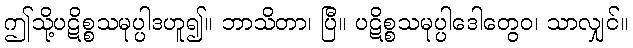
ဤသို့ပဋိစ္စသမုပ္ပါဒဟူ၍။ ဘာသိတာ၊ ပြီ။ ပဋိစ္စသမုပ္ပါဒေါတွေဝ၊ သာလျှင်။